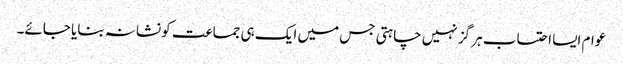
عوام ایسا احتساب ہر گز نہیں چاہتی جس میں ایک ہی جماعت کو نشانہ بنایا جائے۔